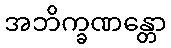
အဘိက္ခဏန္တော